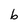
Character: b